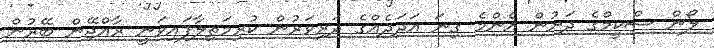
ލޯން ސްކީމްގެ ދަށުން އެންމެ ގިނަ އަދަދެއްގެ ދަރިވަރުން ކުރިމަތިލާފައިވަނީ ރާއްޖޭން ބޭރުން